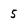
Character: 5